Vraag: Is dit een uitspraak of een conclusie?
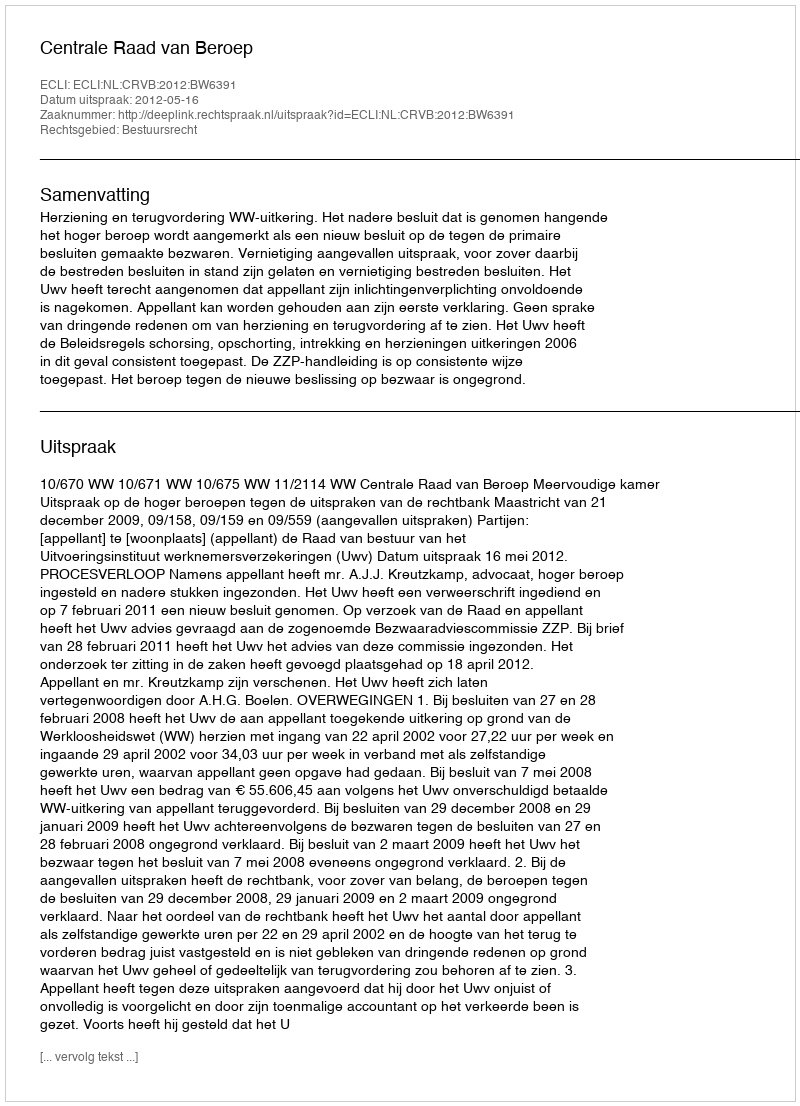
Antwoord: Uitspraak